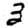
Digit: 3